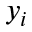
y _ { i }